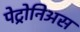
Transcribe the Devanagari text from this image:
पेट्रोनिअस